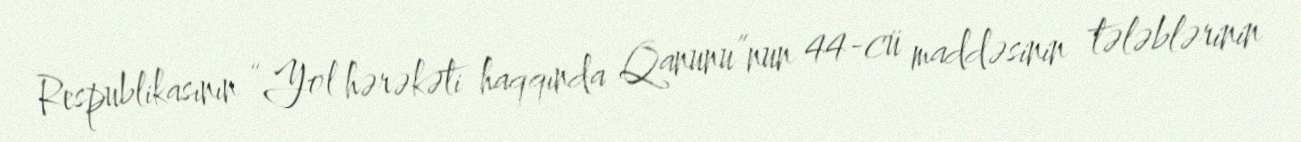
Respublikasının “Yol hərəkəti haqqında Qanunu”nun 44-cü maddəsinin tələblərinin